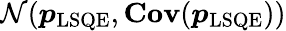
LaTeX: \mathcal{N}(\boldsymbol{p}_{\mathrm{LSQE}},\mathbf{Cov}(\boldsymbol{p}_{\mathrm{LSQE}}))